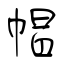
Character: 帽